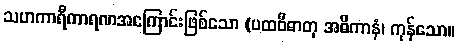
သဟကာရီကာရဏအကြောင်းဖြစ်သော (ပထဝီဓာတု အဓိကာနံ၊ ကုန်သော။